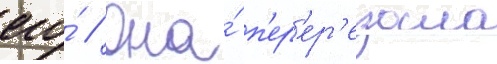
его́ // Она́ п'ер'ер'езала